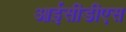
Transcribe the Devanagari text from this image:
आईसीडीएस